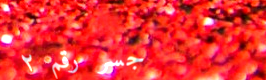
جسر رقم ٢